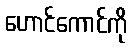
ဟောင်ကောင်ကို